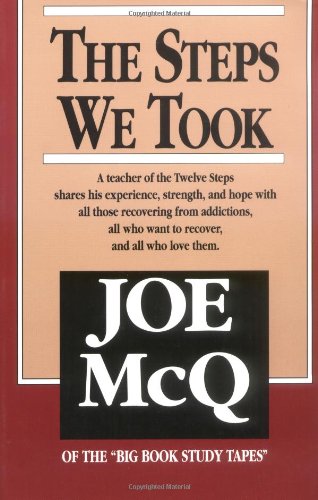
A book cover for The Steps We Took; Joe McQ; Health, Fitness & Dieting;